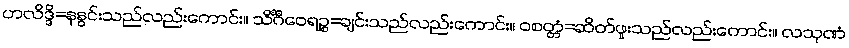
ဟလိဒ္ဒိ=နနွင်းသည်လည်းကောင်း။ သိင်္ဂီဝေရဉ္စ=ချင်းသည်လည်းကောင်း။ ဝစတ္တံ=ဆိတ်ဖူးသည်လည်းကောင်း။ လသုဏံ